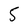
Character: 5